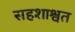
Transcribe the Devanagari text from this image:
सहशाश्वत